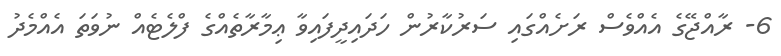
6- ރާއްޖޭގެ އެއްވެސް ރަށެއްގައި ސަރުކާރުން ހަދައިދީފައިވާ ޢިމާރާތެއްގެ ފްލެޓެއް ނުވަތަ އެއްމެދު